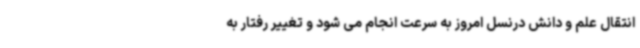
انتقال علم و دانش درنسل امروز به سرعت انجام می شود و تغییر رفتار به